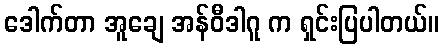
ဒေါက်တာ အူချေ အန်ဝီဒါဂူ က ရှင်းပြပါတယ်။